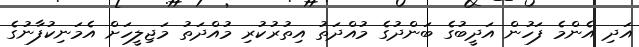
އަދި އެންމެ ފަހުން އަދީބުގެ ބަންދުގެ މުއްދަތު އިތުރުކުރި މުއްދަތު މަޖިލީހަށް އެމަނިކުފާނުގެ